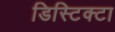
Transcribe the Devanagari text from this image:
डिस्टिक्टा